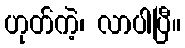
ဟုတ်ကဲ့၊ လာပါပြီ။